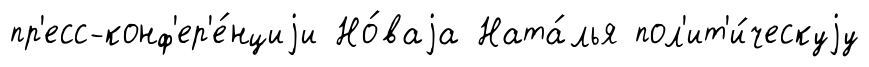
пр'есс-конф'ер'е́нциjи Но́ваjа Ната́лья пол'ит'и́ческуjу